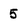
Character: 5